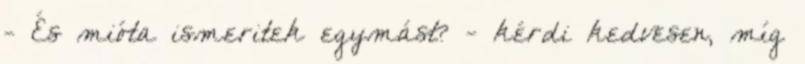
- És mióta ismeritek egymást? - kérdi kedvesen, míg